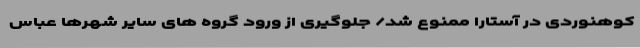
کوهنوردی در آستارا ممنوع شد/ جلوگیری از ورود گروه های سایر شهرها عباس